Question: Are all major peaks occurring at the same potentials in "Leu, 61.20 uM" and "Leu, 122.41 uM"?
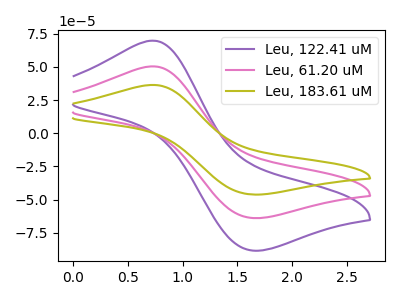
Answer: <think>The purple curve "Leu, 122.41 uM" has an anodic peak at (0.75V, 69.80uA) and a cathodic peak at (1.65V, -88.35uA). The pink curve "Leu, 61.20 uM" has an anodic peak at (0.75V, 50.45uA) and a cathodic peak at (1.65V, -63.85uA). The olive curve "Leu, 183.61 uM" has an anodic peak at (0.75V, 100.90uA) and a cathodic peak at (1.65V, -127.70uA).</think>
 <answer>Yes, "Leu, 61.20 uM" have a peak in "Leu, 122.41 uM" at the same potential.</answer>
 <eval>match</eval>